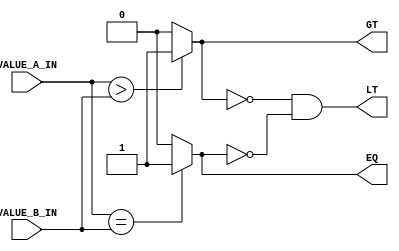
`default_nettype none

// Fixed-point comparator
module FIXED_POINT_COMP
#(
    // Input data width
    parameter WIDTH = 8
)
(
    input wire signed [WIDTH-1:0]   VALUE_A_IN,
    input wire signed [WIDTH-1:0]   VALUE_B_IN,
    // Outputs are relative to ordered  VALUE_A_IN op VALUE_B_IN  
    output wire                     GT,
    output wire                     EQ,
    output wire                     LT
);

    // To save space, derive the third operation
    wire gt;
    wire eq;
    wire lt;

    assign gt = ( VALUE_A_IN > VALUE_B_IN ? 1'b1 : 1'b0 );
    assign eq = ( VALUE_A_IN == VALUE_B_IN ? 1'b1 : 1'b0 );
    assign lt = ~gt & ~eq;

    // Pinout
    assign GT = gt;
    assign EQ = eq;
    assign LT = lt;
endmodule

`default_nettype wire